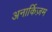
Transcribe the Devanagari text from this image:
अनार्किज़म